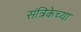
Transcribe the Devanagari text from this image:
संत्रिकेच्या